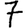
Digit: 7